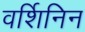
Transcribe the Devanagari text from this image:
वर्शिनिन